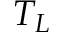
T _ { L }